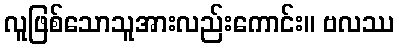
လူဖြစ်သောသူအားလည်းကောင်း။ ဗလဿ